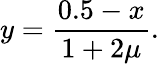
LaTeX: y=\frac{0.5-x}{1+2\mu}.